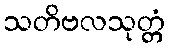
သတိဗလသုတ္တံ